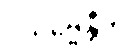
ဝိသိဗ္ဗေန္တီတိ